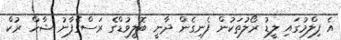
އެ ފިލްމުގައި ލީޑު ރޯލުތަކުން ފެނިގެން ދާނީ ބޮލީވުޑްގެ ރަސްގެފާނު ޝާހް ރުކް